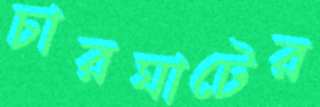
চারঘাটের